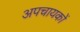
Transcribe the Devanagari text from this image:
अपचायकों